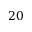
2 0